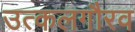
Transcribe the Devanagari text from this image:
उत्कलगौरव